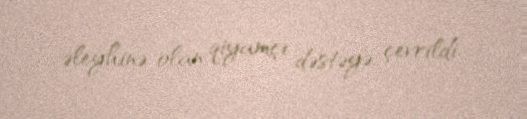
əleyhinə olan qiyamçı dəstəyə çevrildi.